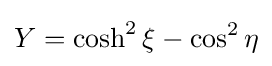
Y=\cosh ^{2}\xi -\cos ^{2}\eta